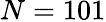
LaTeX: N=101